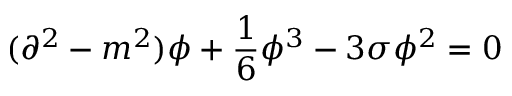
( \partial ^ { 2 } - m ^ { 2 } ) \phi + \frac { 1 } { 6 } \phi ^ { 3 } - 3 \sigma \phi ^ { 2 } = 0